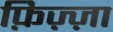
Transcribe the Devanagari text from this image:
फ़िज़्ज़ा